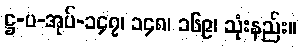
ဋ္ဌ-ပ-အုပ်-၁၄၇၊ ၁၄၈၊ ၁၆၉၊ သုံးနည်း။